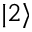
| 2 \rangle